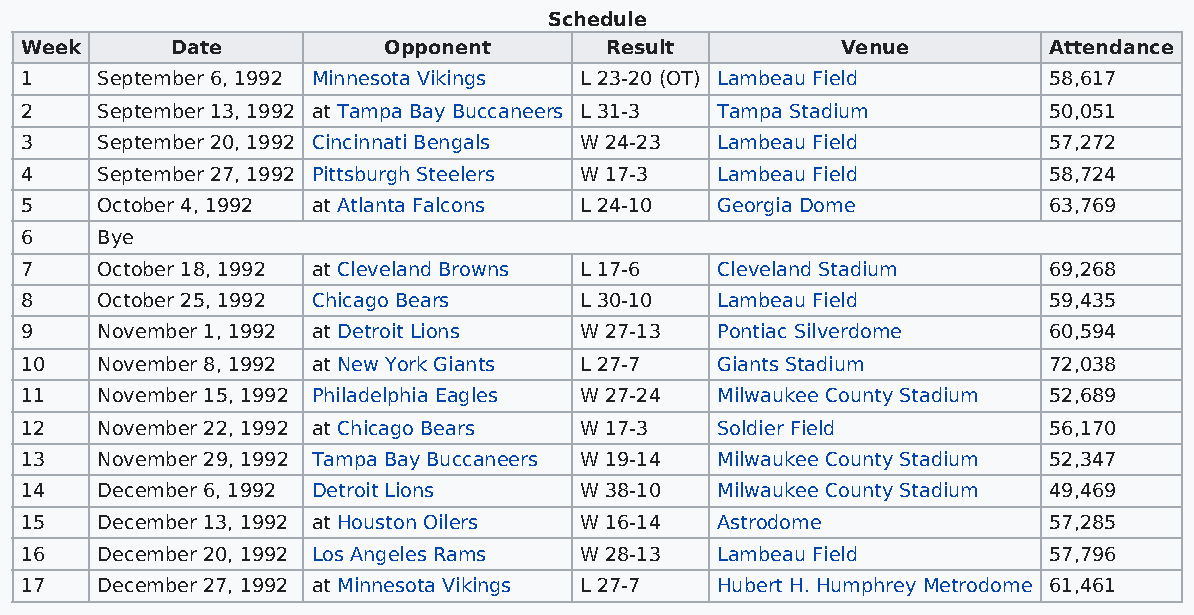
Schedule
 Week      Date          Opponent       Result          Venue        Attendance
 1    September 6, 1992 Minnesota Vikings L 23-20 (OT) Lambeau Field 58,617
 2    September 13, 1992 at Tampa Bay Buccaneers L 31-3 Tampa Stadium 50,051
 3    September 20, 1992 Cincinnati Bengals W 24-23 Lambeau Field    57,272
 4    September 27, 1992 Pittsburgh Steelers W 17-3 Lambeau Field    58,724
 5    October 4, 1992 at Atlanta Falcons L 24-10 Georgia Dome        63,769
 6    Bye
 7    October 18, 1992 at Cleveland Browns L 17-6 Cleveland Stadium  69,268
 8    October 25, 1992 Chicago Bears  L 30-10  Lambeau Field         59,435
 9    November 1, 1992 at Detroit Lions W 27-13 Pontiac Silverdome   60,594
 10   November 8, 1992 at New York Giants L 27-7 Giants Stadium      72,038
 11   November 15, 1992 Philadelphia Eagles W 27-24 Milwaukee County Stadium 52,689
 12   November 22, 1992 at Chicago Bears W 17-3 Soldier Field        56,170
 13   November 29, 1992 Tampa Bay Buccaneers W 19-14 Milwaukee County Stadium 52,347
 14   December 6, 1992 Detroit Lions  W 38-10  Milwaukee County Stadium 49,469
 15   December 13, 1992 at Houston Oilers W 16-14 Astrodome          57,285
 16   December 20, 1992 Los Angeles Rams W 28-13 Lambeau Field       57,796
 17   December 27, 1992 at Minnesota Vikings L 27-7 Hubert H. Humphrey Metrodome 61,461